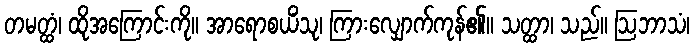
တမတ္ထံ၊ ထိုအကြောင်းကို။ အာရောစယိံသု၊ ကြားလျှောက်ကုန်၏။ သတ္ထာ၊ သည်။ ဩဘာသံ၊